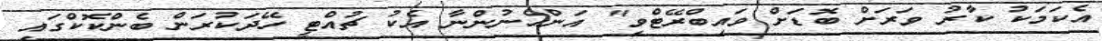
އެކަމަކު ކާރު ވަރަށް ބޮޑަށް ވައިބްރޭޓްވި" އަންހެނުންނާ އެކު ޗުއްޓީ ހޭދަކުރަން ބެންކޮކްގައި